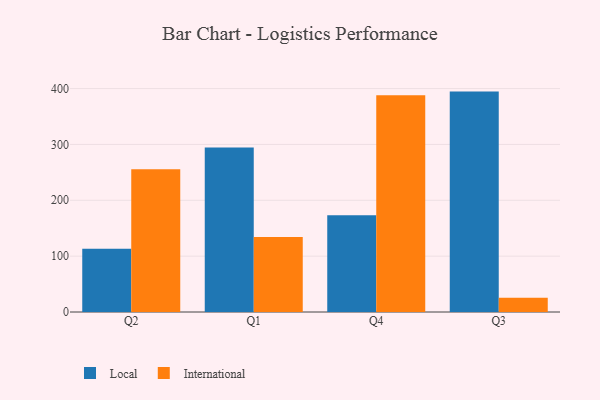
{"axis": {"x": "Quarter", "y": "Shipments"}, "legend": ["International", "Local"], "data": [{"x": "Q2", "y": 113.4, "type": "Local"}, {"x": "Q2", "y": 255.5, "type": "International"}, {"x": "Q1", "y": 294.6, "type": "Local"}, {"x": "Q1", "y": 134.2, "type": "International"}, {"x": "Q4", "y": 173.3, "type": "Local"}, {"x": "Q4", "y": 388.2, "type": "International"}, {"x": "Q3", "y": 394.6, "type": "Local"}, {"x": "Q3", "y": 25.5, "type": "International"}]}